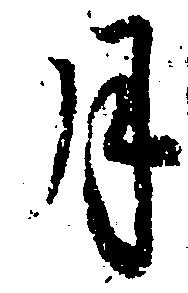
月